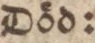
Död: